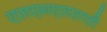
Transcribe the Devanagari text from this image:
एसएमएससाठी